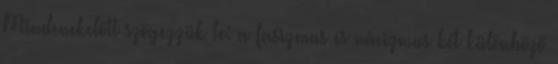
Mindenekelőtt szögezzük le: a fasizmus és nácizmus két különböző